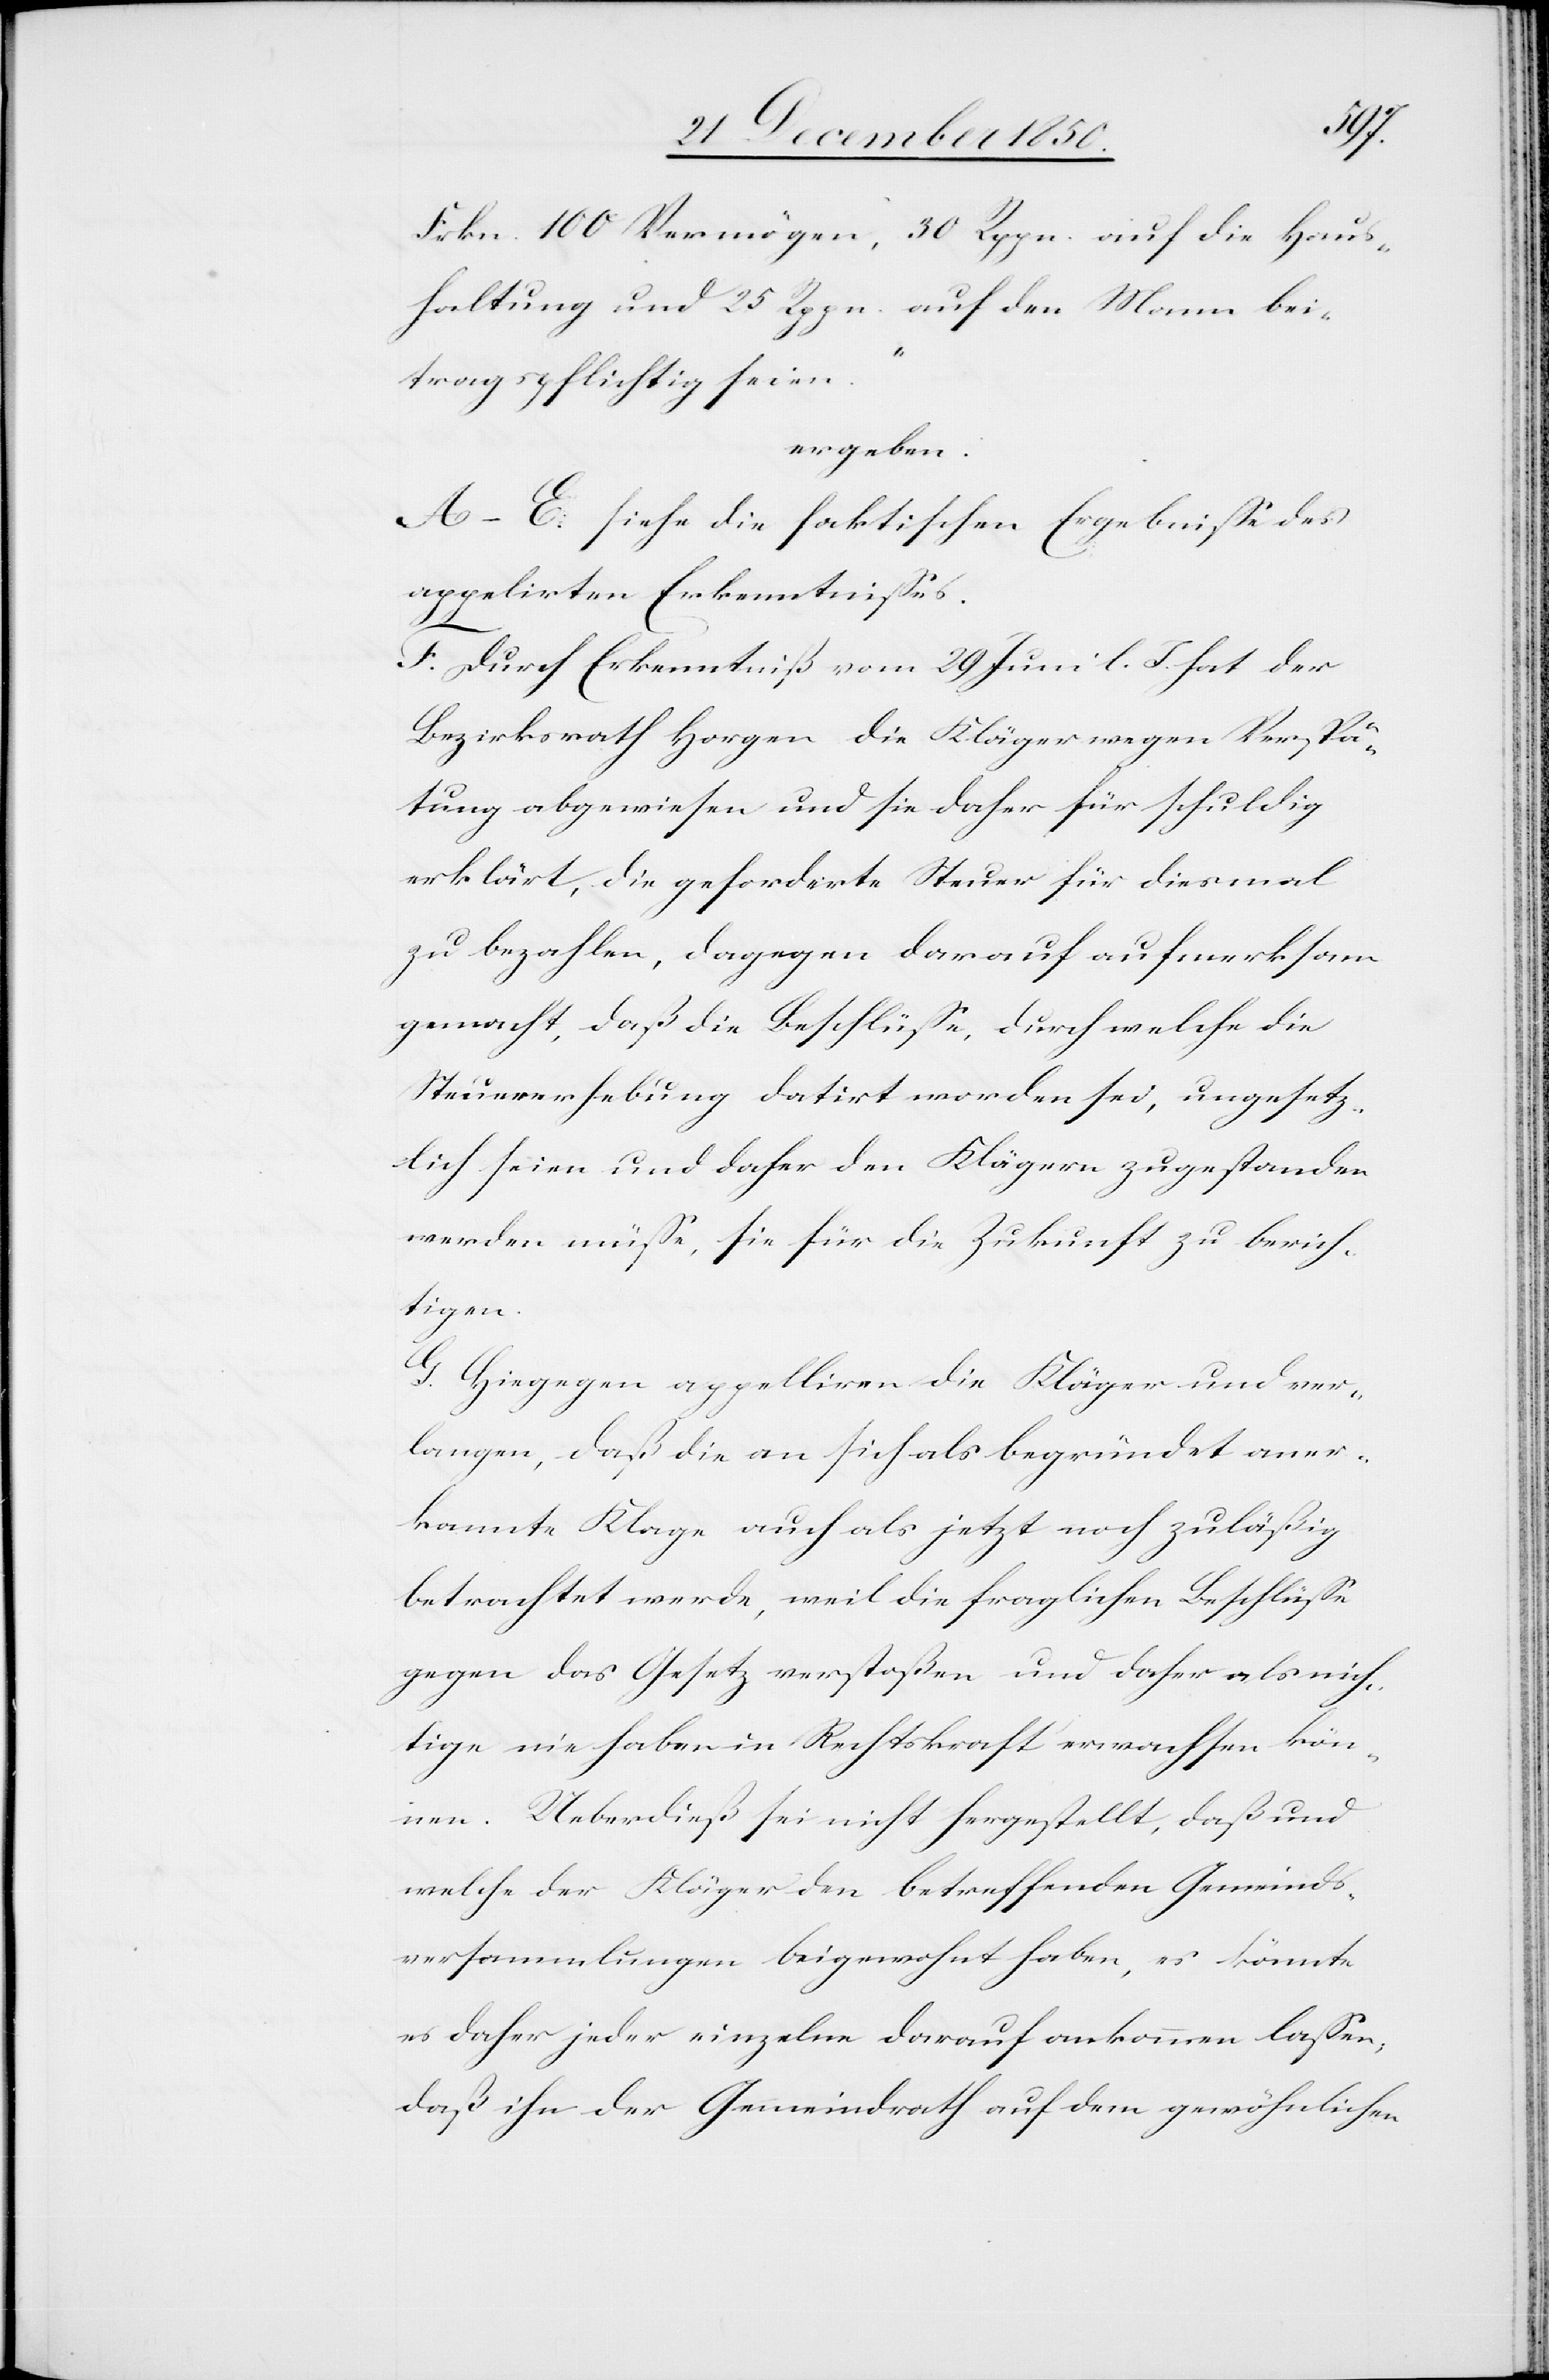
Frkn. 100 Vermögen, 30 Rppn. auf die Haus¬
haltung und 25 Rppn. auf den Mann bei¬
tragspflichtig seien“
ergeben.
A–E. siehe die faktischen Ergebnisse des
appelirten Erkenntnisses.
F. Durch Erkenntniß vom 29 Juni l. J. hat der
Bezirksrath Horgen die Kläger wegen Verspä¬
tung abgewiesen und sie daher für schuldig
erklärt, die geforderte Steuer für diesmal
zu bezahlen, dagegen darauf aufmerksam
gemacht, daß die Beschlüsse, durch welche die
Steuererhebung datirt worden sei, ungesetz¬
lich seien und daher den Klägern zugestanden
werden müsse, sie für die Zukunft zu berich¬
tigen.
G. Hiegegen appelliren die Kläger und ver¬
langen, daß die an sich als begründet aner¬
kannte Klage auch als jetzt noch zuläßig
betrachtet werde, weil die fraglichen Beschlüsse
gegen das Gesetz verstoßen und daher als nich¬
tige nie haben in Rechtskraft erwachsen kön¬
nen. Ueberdieß sei nicht hergestellt, daß und
welche der Kläger den betreffenden Gemeinds¬
versammlungen beigewohnt haben, es könnte
es daher jeder einzelne darauf ankommen lassen,
daß ihn der Gemeindrath auf dem gewöhnlichen